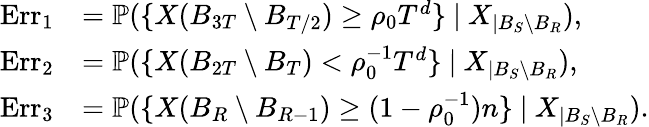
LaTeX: \begin{array}{rl}{\mathrm{Err}_{1}}&{=\mathbb P(\{ X(B_{3T}\setminus B_{T/2})\geq\rho_{0}T^{d}\} \ |\ X_{|B_{S}\setminus B_{R}}),}\\ {\mathrm{Err}_{2}}&{=\mathbb P(\{ X(B_{2T}\setminus B_{T})<\rho_{0}^{-1}T^{d}\} \ |\ X_{|B_{S}\setminus B_{R}}),}\\ {\mathrm{Err}_{3}}&{=\mathbb P(\{ X(B_{R}\setminus B_{R-1})\geq(1-\rho_{0}^{-1})n\} \ |\ X_{|B_{S}\setminus B_{R}}).}\end{array}